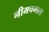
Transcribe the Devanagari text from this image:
नीमचमाता